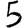
Digit: 5